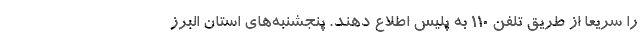
را سریعا از طریق تلفن ۱۱۰ به پلیس اطلاع دهند. پنجشنبه‌های استان البرز